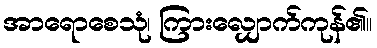
အာရောစေသုံ၊ ကြားလျှောက်ကုန်၏။